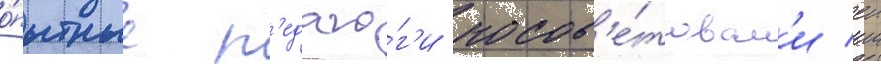
о́пытные п'едаго́г'и посов'е́товал'и еи